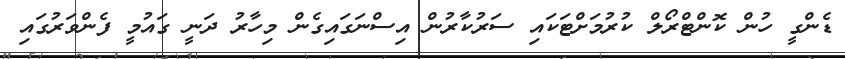
ޑެންގީ ހުން ކޮންޓްރޯލް ކުރުމަށްޓަކައި ސަރުކާރުން އިސްނަގައިގެން މިހާރު ދަނީ ގައުމީ ފެންވަރުގައި